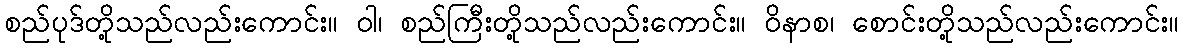
စည်ပုဒ်တို့သည်လည်းကောင်း။ ဝါ၊ စည်ကြီးတို့သည်လည်းကောင်း။ ဝိနာစ၊ စောင်းတို့သည်လည်းကောင်း။